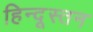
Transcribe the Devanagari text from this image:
हिन्दूस्तन